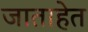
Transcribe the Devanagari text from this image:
जाताहेत